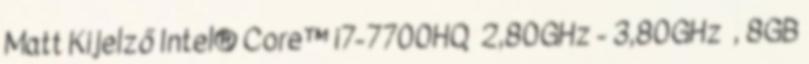
Matt Kijelző Intel® Core™ i7-7700HQ 2,80GHz - 3,80GHz , 8GB